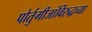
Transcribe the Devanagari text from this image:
पोर्तुगीजांविरुद्धच्या